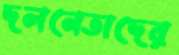
দলনেতাদের